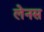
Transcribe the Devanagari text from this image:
लेनस